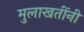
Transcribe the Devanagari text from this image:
मुलाखतींनी